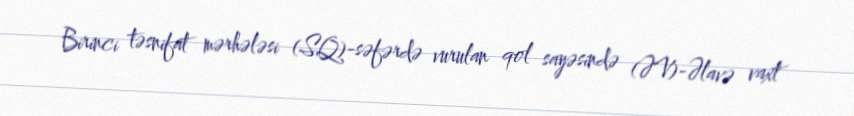
Birinci təsnifat mərhələsi (SQ)-səfərdə vurulan qol sayəsində (ƏV)-Əlavə vaxt